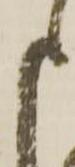
申